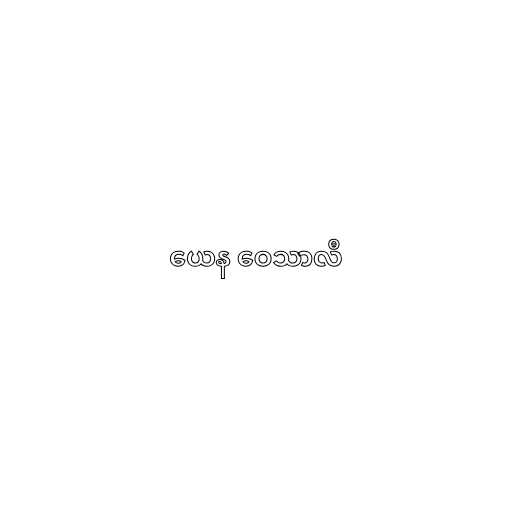
ယေန ဝေသာလီ